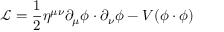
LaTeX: { \mathcal { L } } = { \frac { 1 } { 2 } } \eta ^ { \mu \nu } \partial _ { \mu } \phi \cdot \partial _ { \nu } \phi - V ( \phi \cdot \phi )